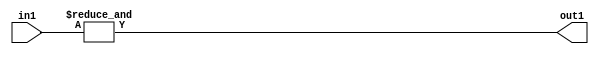
`timescale 1ps / 1ps
/*****************************************************************************
    Verilog RTL Description
    
    
    Created by: Stratus DpOpt 2019.1.01 
*******************************************************************************/

module st_weight_addr_gen_AndReduction_2S_1U_4_11 (
	in1,
	out1
	); /* architecture "behavioural" */ 
input [1:0] in1;
output  out1;
wire  asc001;

assign asc001 = 
	(&in1);

assign out1 = asc001;
endmodule

/* CADENCE  urfwTQk= : u9/ySgnWtBlWxVPRXgAZ4Og= ** DO NOT EDIT THIS LINE ******/